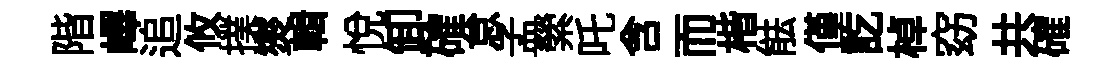
階嶧追攸撲爕輯悅卸確怠孟縈吒含而楷䏻僅訖棹窈共確